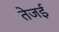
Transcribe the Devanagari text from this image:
तेजई